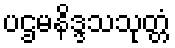
ပဌမနိဒ္ဒသသုတ္တံ